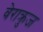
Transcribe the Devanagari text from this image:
वेराक्रुज